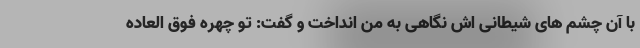
با آن چشم های شیطانی اش نگاهی به من انداخت و گفت: تو چهره فوق العاده